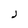
Character: J